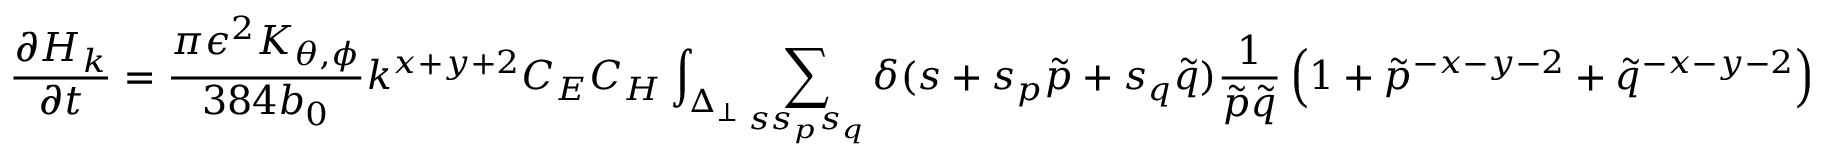
\frac { \partial H _ { k } } { \partial t } = \frac { \pi \epsilon ^ { 2 } K _ { \theta , \phi } } { 3 8 4 b _ { 0 } } k ^ { x + y + 2 } C _ { E } C _ { H } \int _ { \Delta _ { \perp } } \sum _ { s s _ { p } s _ { q } } \delta ( s + s _ { p } \tilde { p } + s _ { q } \tilde { q } ) \frac { 1 } { \tilde { p } \tilde { q } } \left( 1 + { \tilde { p } } ^ { - x - y - 2 } + { \tilde { q } } ^ { - x - y - 2 } \right)